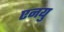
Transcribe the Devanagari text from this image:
एनयु